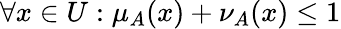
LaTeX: \forall x\in U:\mu_{A}(x)+\nu_{A}(x)\leq 1